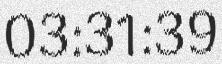
03:31:39